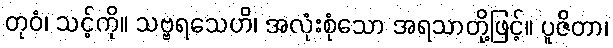
တုဝံ၊ သင့်ကို။ သဗ္ဗရသေဟိ၊ အလုံးစုံသော အရသာတို့ဖြင့်။ ပူဇိတာ၊